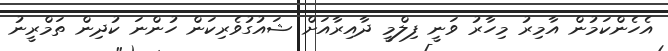
އެހެންކަމުން އާމިރު މިހާރު ވަނީ ފިލްމީ ދާއިރާއަށް ޝައުގުވެރިކަން ހުންނަ ކުދިން ތަމްރީނު